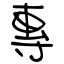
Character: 專